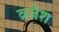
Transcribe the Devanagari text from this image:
व्रजेश